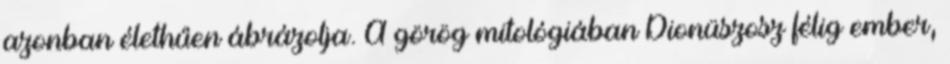
azonban élethűen ábrázolja. A görög mitológiában Dionüszosz félig ember,